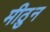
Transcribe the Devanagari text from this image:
मीठुन